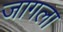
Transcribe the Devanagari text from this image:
जागला